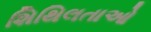
શિથિલતાઓ